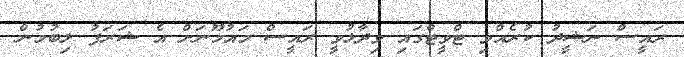
ރައީސް ނަޝީދު ކުރެއްވި ޓްވީޓްގައި ވިދާޅުވީ ރައީސް މައުމޫނަށް އެ ޝަރަފު ލިބުމުން